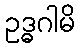
ဥဒ္ဓဂါမိ